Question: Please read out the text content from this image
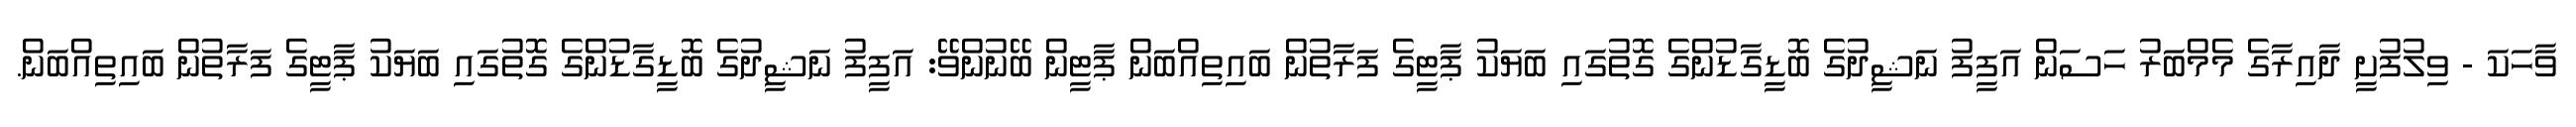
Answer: ވާހަކަ - ވިލުފުށީ ދާއިރާގެ މެމްބަރު ހަސަން އަފީފު ނަޝީދުގެ ބޮޑީގާޑުންގެ ގޮތުގައި ބަޔަކު ޕާޓީގެ ފަރާތުން ބައިތިއްބަން ޕާޓީން ބޭނުންވޭ: އަފީފު ނަޝީދުގެ ބޮޑީގާޑުންގެ ގޮތުގައި ބަޔަކު ޕާޓީގެ ފަރާތުން ބައިތިއްބަން.